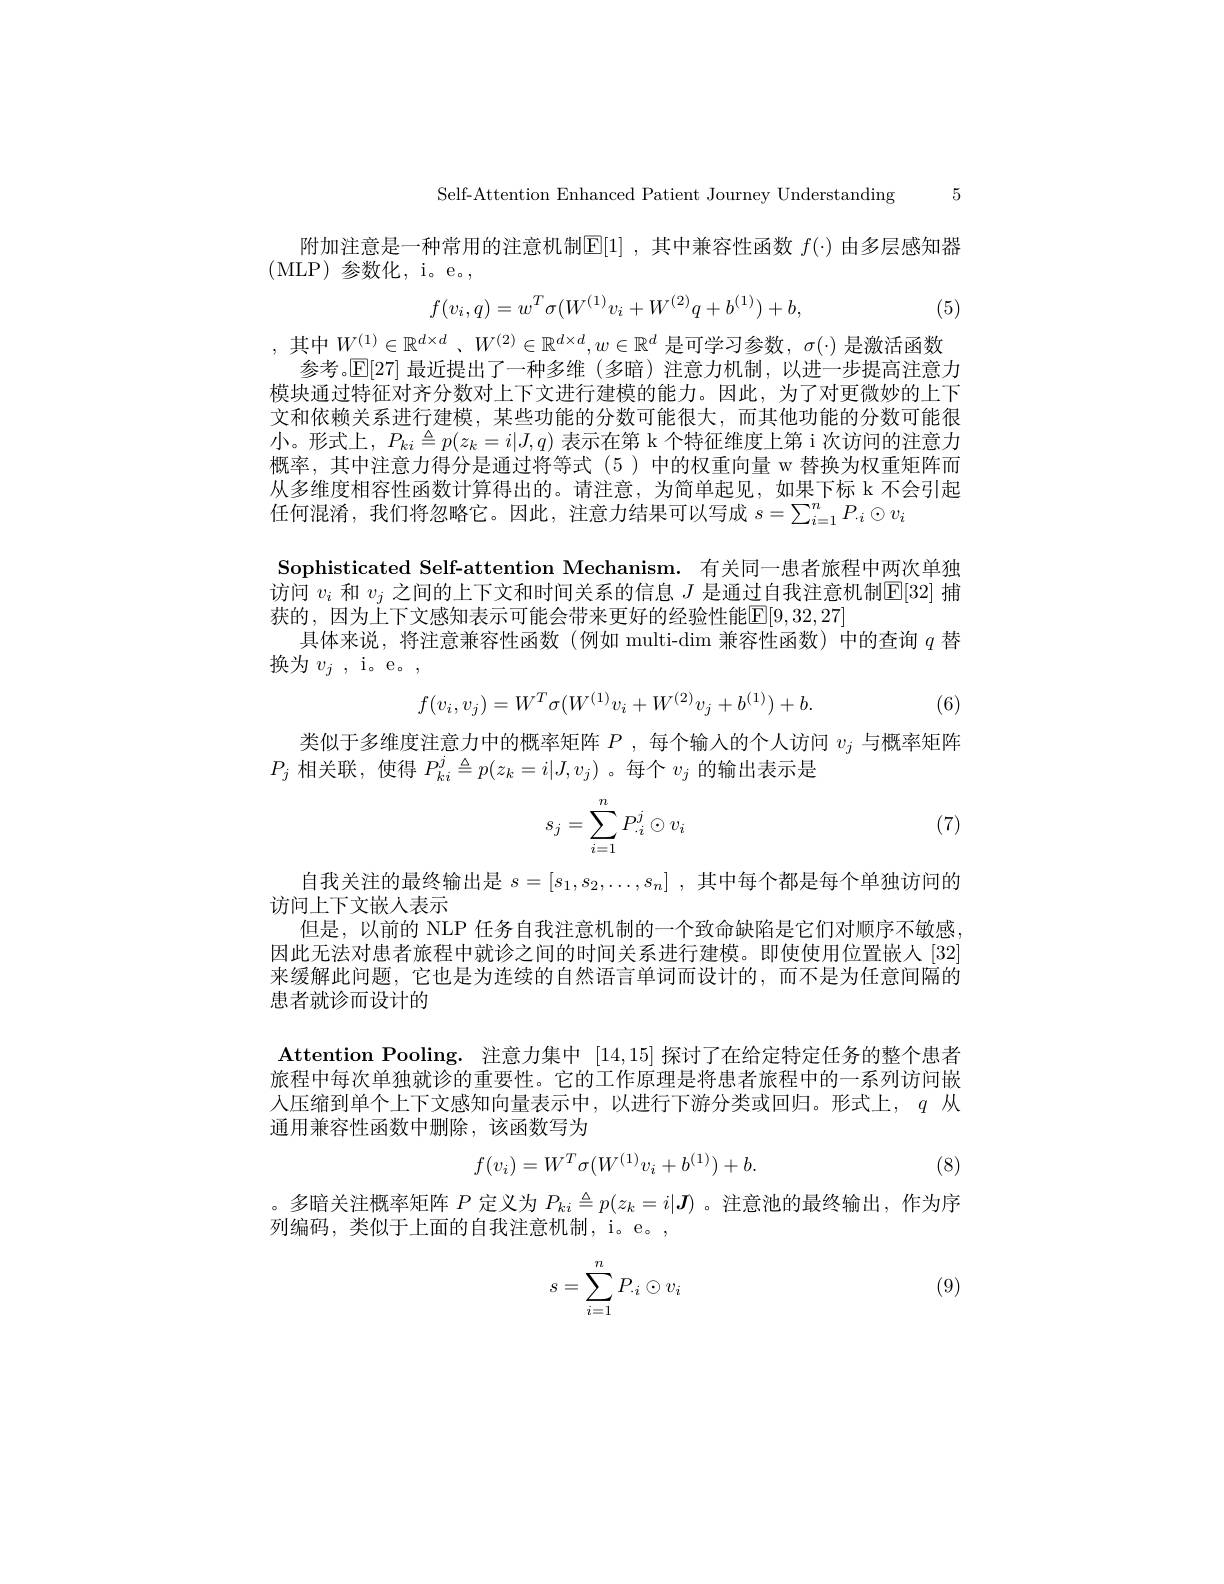
Self-Attention Enhanced Patient Journey Understanding 5

附加注意是一种常用的注意机制$\mathbb{E}[1]$ ,其中兼容性函数 $f(\cdot)$ 由多层感知器
$$f(v_i,q)=w^T\sigma(W^{(1)}v_i+W^{(2)}q+b^{(1)})+b,$$
(5)

,其中$W^(1)\in\mathbb{R}^d\times d$ 、$W^(2)\in\mathbb{R}^d\times d,w\in\mathbb{R}^d$是可学习参数，$\sigma(\cdot)$是激活函数
参考。$\mathbb{E}[27]$最近提出了一种多维(多暗)注意力机制，以进一步提高注意力模块通过特征对齐分数对上下文进行建模的能力。因此，为了对更微妙的上下文和依赖关系进行建模，某些功能的分数可能很大，而其他功能的分数可能很小。形式上，$P_{ki}\triangleq p(z_k=i|J,q)$表示在第 k 个特征维度上第 i 次访问的注意力概率，其中注意力得分是通过将等式 (5 )中的权重向量 w 替换为权重矩阵而从多维度相容性函数计算得出的。请注意，为简单起见，如果下标 k 不会引起任何混淆，我们将忽略它。因此，注意力结果可以写成$s=\sum_{i=1}^nP_i\odot v_i$

(MLP)参数化，i。e。,
Sophisticated Self-attention Mechanism. 有关同一患者旅程中两次单独访问$v_i$和$v_j$之间的上下文和时间关系的信息$J$是通过自我注意机制$\mathbb{E}[32]$捕获的，因为上下文感知表示可能会带来更好的经验性能$\mathbb{E}[9,32,27]$
具体来说，将注意兼容性函数(例如 multi-dim 兼容性函数) 中的查询$q$替
换为$v_j$,i。e。,
$$f(v_i,v_j)=W^T\sigma(W^{(1)}v_i+W^{(2)}v_j+b^{(1)})+b.$$
(6)

类似于多维度注意力中的概率矩阵$P$ ,每个输入的个人访问$v_j$与概率矩阵
$P_j$相关联，使得$P_ki^j\triangleq p(z_k=i|J,v_j)$ 。每个$v_j$的输出表示是

(7)
$$\begin{aligned}s_j=\sum_{i=1}^nP_{\cdot i}^j\odot v_i\end{aligned}$$
自我关注的最终输出是$s= [ s_1, s_2, \ldots , s_n]$ ,其中每个都是每个单独访问的
访问上下文嵌人表示
但是，以前的 NLP 任务自我注意机制的一个致命缺陷是它们对顺序不敏感因此无法对患者旅程中就诊之间的时间关系进行建模。即使使用位置嵌人[32] 来缓解此问题，它也是为连续的自然语言单词而设计的，而不是为任意间隔的患者就诊而设计的

Attention Pooling. 注意力集中[14,15]探讨了在给定特定任务的整个患者旅程中每次单独就诊的重要性。它的工作原理是将患者旅程中的一系列访问嵌人压缩到单个上下文感知向量表示中，以进行下游分类或回归。形式上，$q$从通用兼容性函数中删除，该函数写为
$$f(v_i)=W^T\sigma(W^{(1)}v_i+b^{(1)})+b.$$
(8)

。多暗关注概率矩阵$P$定义为$P_{ki}\triangleq p(z_k=i|\boldsymbol{J})$ 。注意池的最终输出，作为序
列编码，类似于上面的自我注意机制，i。e。,

(9)
$$s=\sum_{i=1}^nP_{\cdot i}\odot v_i$$